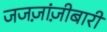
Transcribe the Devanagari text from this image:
जजज़ांज़ीबारी